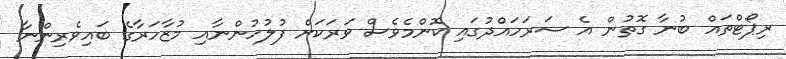
ރިޕޯޓްތައް ބުނާ ގޮތުން އެ ސަރަހައްދުގައި ކޮންމެވެސް ވަރަކަށް ފުލުހުންނާއި މުޒާހަރާގެ ބައިވެރިންނާ